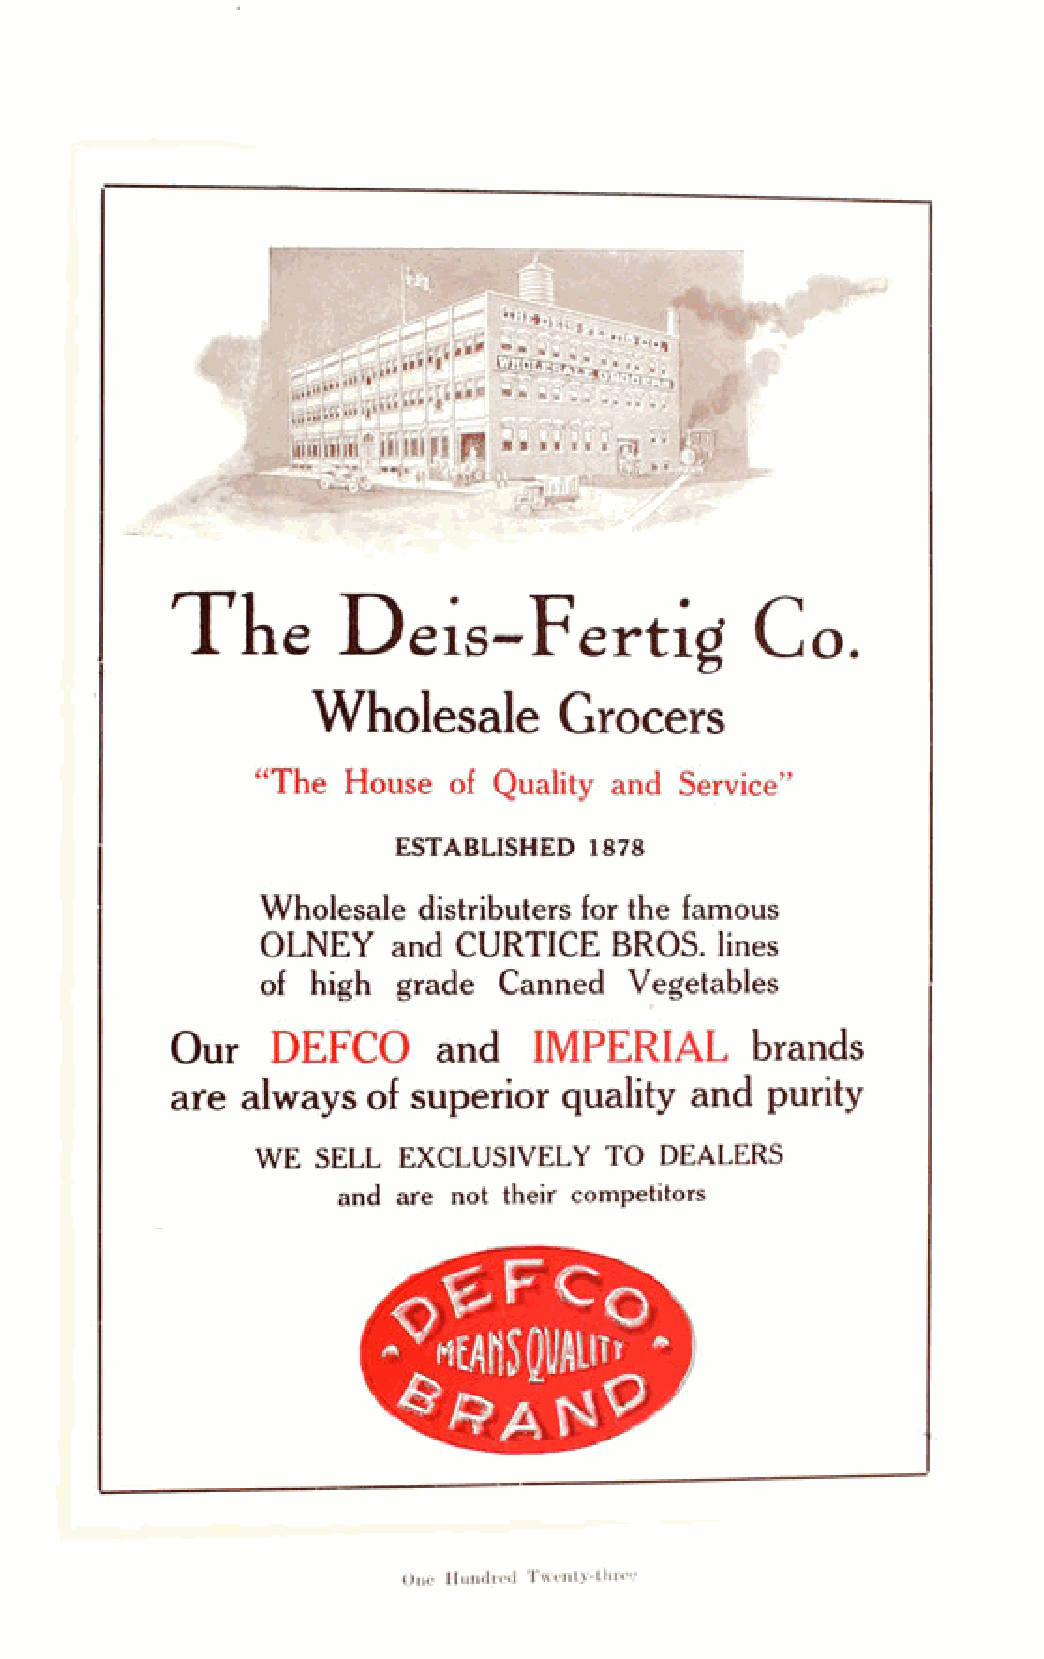
^
 W t o - :
 * MOrnMM
 m
 A
 fjS?
 HP      Ill
 pP K ^p ^P p I ..A.-*
 ISSSIf
 uffljBRT
 The                                    Co.
 D   e  i s - F  e r t i g
 Wholesale       Grocers
 “The  House  of Quality and Service”
 ESTABLISHED  1878
 Wholesale  distributers for the famous
 OLNEY    and CURTICE   BROS,   lines
 of  high grade  Canned   Vegetables
 Our    DEFCO      and   IMPERIAL       brands
 are  always  of superior  quality  and  purity
 WE  SELL EXCLUSIVELY   TO  DEALERS
 and are not their competitors
 One Hundred Twenty-three